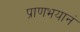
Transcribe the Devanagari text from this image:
प्राणभयानं